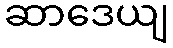
ဆာဒေယျ